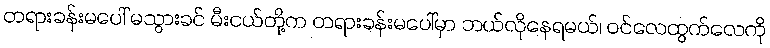
တရားခန်းမပေါ် မသွားခင် မီးငယ်တို့က တရားခန်းမပေါ်မှာ ဘယ်လိုနေရမယ်၊ ဝင်လေထွက်လေကို